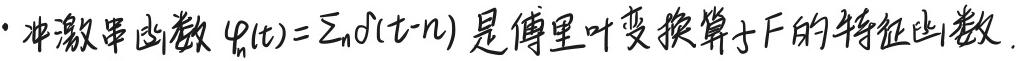
$\cdot$ 冲激串函数 $\varphi_{n}(t)=\sum_{n}\delta(t - n)$ 是傅里叶变换算子 $\mathcal{F}$ 的特征函数.